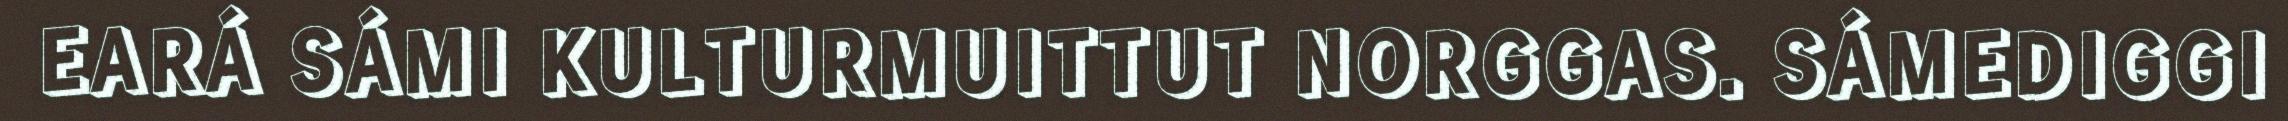
EARÁ SÁMI KULTURMUITTUT NORGGAS. SÁMEDIGGI